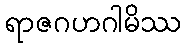
ရာဇဂဟဂါမိဿ